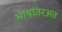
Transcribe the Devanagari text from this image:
भाषांतरअत